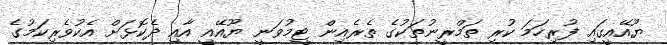
ޔޫއޭއީގައި ފުރިހަމަ ކުރި ތަމްރީނުތަކުގެ ތެރެއިން ޓީމުވަނީ ޔޫއޭއީ އާއި ދެކޮޅަށް އެކުވެރިކަމުގެ